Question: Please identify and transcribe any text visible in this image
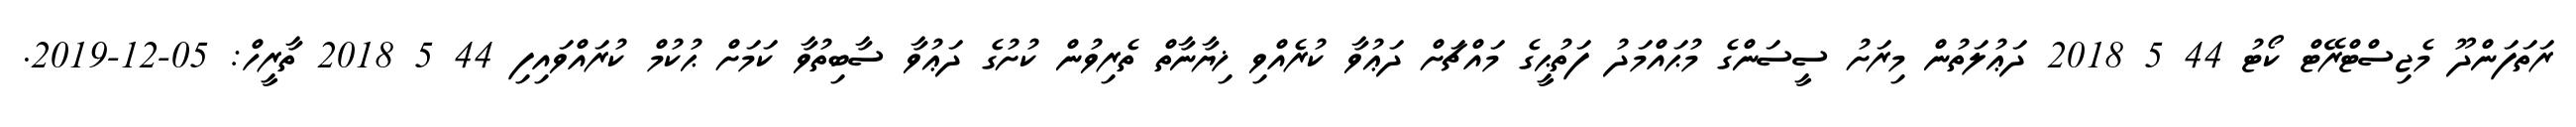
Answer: ރަތަފަންދޫ މެޖިސްޓްރޭޓް ކޯޓު 44 5 2018 ދަޢުލަތުން މިރަށު ސީސަންގެ މުޙައްމަދު ފަތުޙީގެ މައްޗަށް ދަޢުވާ ކުރެއްވި ޚިޔާނާތް ތެރިވުން ކުށުގެ ދަޢުވާ ސާބިތުވާ ކަމަށް ޙުކުމް ކުރައްވައިފި 44 5 2018 ތާރީހް: 05-12-2019.